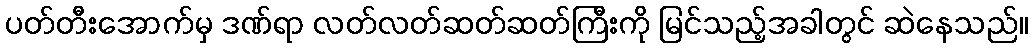
ပတ်တီးအောက်မှ ဒဏ်ရာ လတ်လတ်ဆတ်ဆတ်ကြီးကို မြင်သည့်အခါတွင် ဆဲနေသည်။